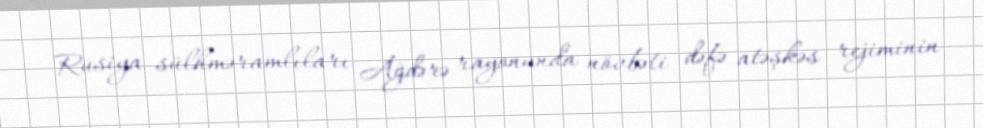
Rusiya sülhməramlıları Ağdərə rayonunda növbəti dəfə atəşkəs rejiminin